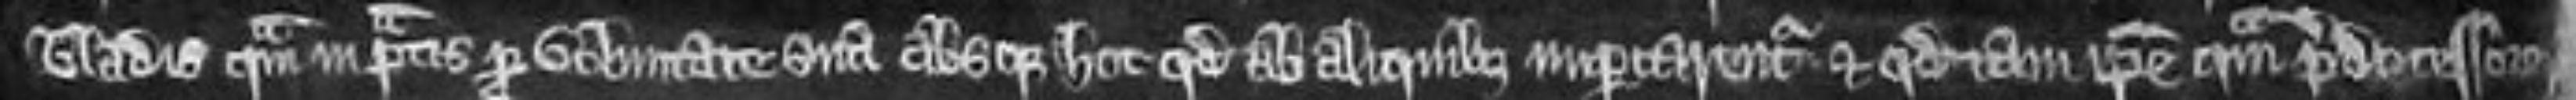
bladis quam in pratis pro voluntate sua absque hoc quod ab aliquibus imparcarentur et quod tam ipse quam predecessores